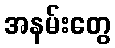
အနမ်းတွေ